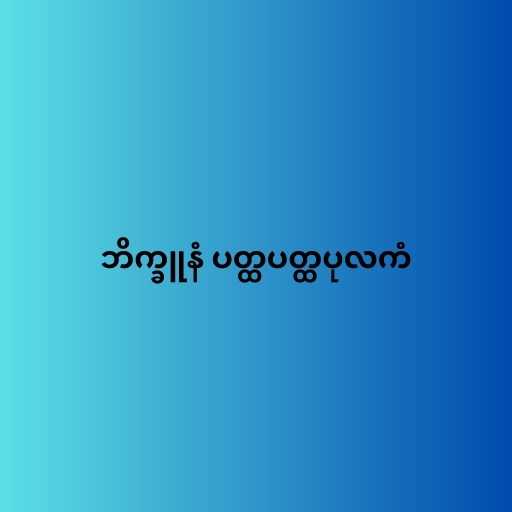
ဘိက္ခူနံ ပတ္ထပတ္ထပုလကံ